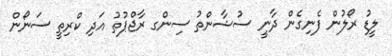
ލީޑު ރޯލުން ފެނިގެން ދާނީ ސުޝާންތު ސިންގ ރާޖްޕުތު އަދި ކްރިތީ ސަނޯން